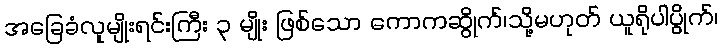
အခြေခံလူမျိုးရင်းကြီး ၃ မျိုး ဖြစ်သော ကောကဆွိုက်၊သို့မဟုတ် ယူရိုပါပွိုက်၊